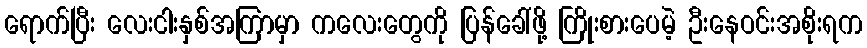
ရောက်ပြီး လေးငါးနှစ်အကြာမှာ ကလေးတွေကို ပြန်ခေါ်ဖို့ ကြိုးစားပေမဲ့ ဦးနေဝင်းအစိုးရက